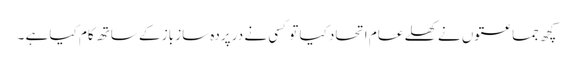
کچھ جماعتوں نے کھلے عام اتحاد کیا تو کسی نے در پردہ ساز باز کے ساتھ کام کیا ہے ۔